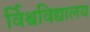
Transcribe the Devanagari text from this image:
र्विश्वविद्यालय